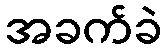
အခက်ခဲ